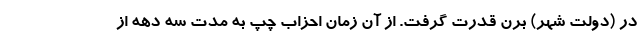
در (دولت شهر) برن قدرت گرفت. از آن زمان احزاب چپ به مدت سه دهه از